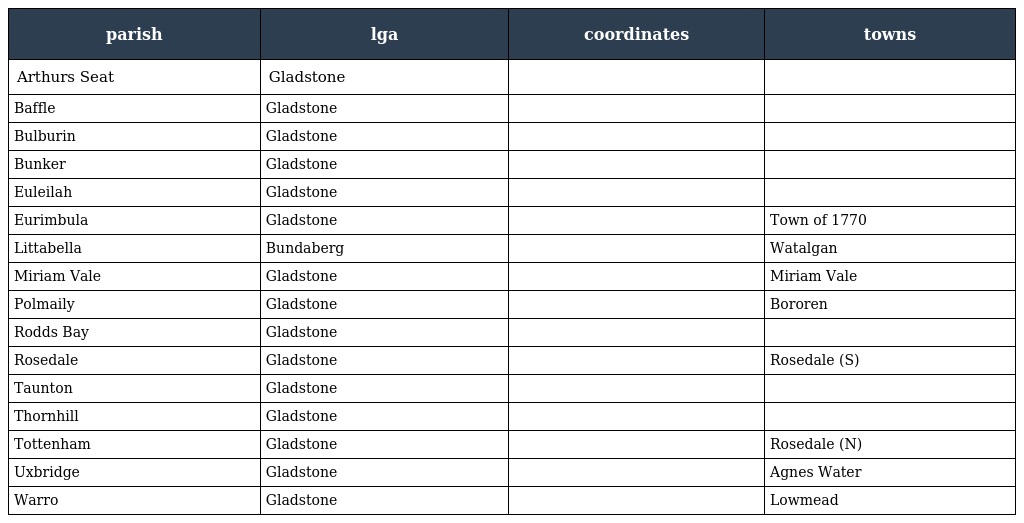
| parish | lga | coordinates | towns |
 | --- | --- | --- | --- |
 | Arthurs Seat | Gladstone |  |  |
 | Baffle | Gladstone |  |  |
 | Bulburin | Gladstone |  |  |
 | Bunker | Gladstone |  |  |
 | Euleilah | Gladstone |  |  |
 | Eurimbula | Gladstone |  | Town of 1770 |
 | Littabella | Bundaberg |  | Watalgan |
 | Miriam Vale | Gladstone |  | Miriam Vale |
 | Polmaily | Gladstone |  | Bororen |
 | Rodds Bay | Gladstone |  |  |
 | Rosedale | Gladstone |  | Rosedale (S) |
 | Taunton | Gladstone |  |  |
 | Thornhill | Gladstone |  |  |
 | Tottenham | Gladstone |  | Rosedale (N) |
 | Uxbridge | Gladstone |  | Agnes Water |
 | Warro | Gladstone |  | Lowmead |